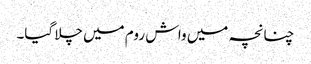
چنانچہ میں واش روم میں چلا گیا۔